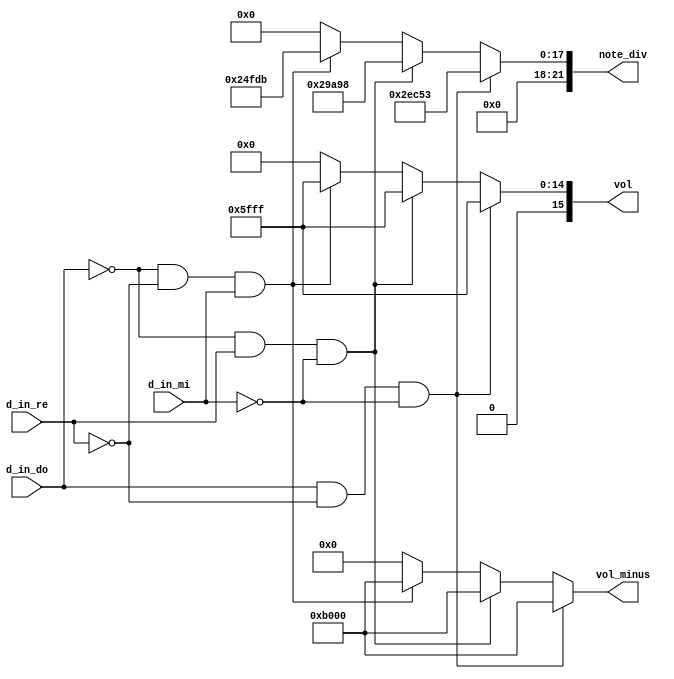
`timescale 1ns / 1ps

module MUX(
    note_div,
    vol,
    vol_minus,
    d_in_do,
    d_in_re,
    d_in_mi    
);
output [21:0] note_div;
output [15:0] vol, vol_minus;
input d_in_do, d_in_re, d_in_mi;
reg [21:0] note_div;
reg [15:0] vol, vol_minus;

always @*
    if (d_in_do == 1'b1 && d_in_re == 1'b0 && d_in_mi == 1'b0)
    begin
        vol = 16'h5FFF;
        vol_minus = 16'hB000;
        note_div = 22'd191571;  
    end
    else if (d_in_do == 1'b0 && d_in_re == 1'b1 && d_in_mi == 1'b0)
    begin
        vol = 16'h5FFF;
        vol_minus = 16'hB000;
        note_div = 22'd170648;
    end
    else if (d_in_do == 1'b0 && d_in_re == 1'b0 && d_in_mi == 1'b1)
    begin
        vol = 16'h5FFF;
        vol_minus = 16'hB000;
        note_div = 22'd151515;
    end
    else
    begin
        vol = 16'h0000;
        vol_minus = 16'h0000;
        note_div = 22'd0;
    end

endmodule